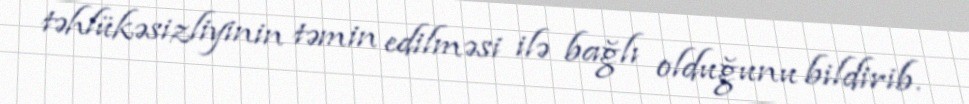
təhlükəsizliyinin təmin edilməsi ilə bağlı olduğunu bildirib.